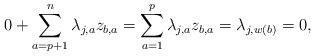
LaTeX: \begin{align*}0+\sum_{a=p+1}^n \lambda_{j,a} z_{b,a}=\sum_{a=1}^p \lambda_{j,a} z_{b,a}=\lambda_{j,w(b)}=0,\end{align*}